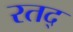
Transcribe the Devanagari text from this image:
रतद्